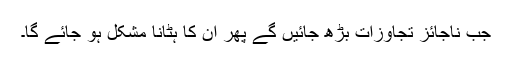
جب ناجائز تجاوزات بڑھ جائیں گے پھر ان کا ہٹانا مشکل ہو جائے گا۔